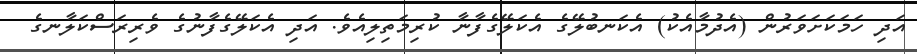
އަދި ހަމަކަށަވަރުން (އެދުމާއެކު) އެކަނބުލޭގެ އެކަލޭގެފާނާ ކުރިމަތިލިއެވެ. އަދި އެކަލޭގެފާނުގެ ވެރިރަސްކަލާނގެ